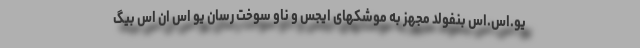
یو.اس.اس بنفولد مجهز به موشکهای ایجس و ناو سوخت رسان یو اس ان اس بیگ